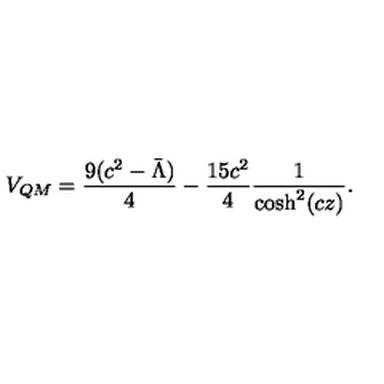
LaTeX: V _ { Q M } = \frac { 9 ( c ^ { 2 } - \bar { \Lambda } ) } { 4 } - \frac { 1 5 c ^ { 2 } } { 4 } \frac { 1 } { \cosh ^ { 2 } ( c z ) } .